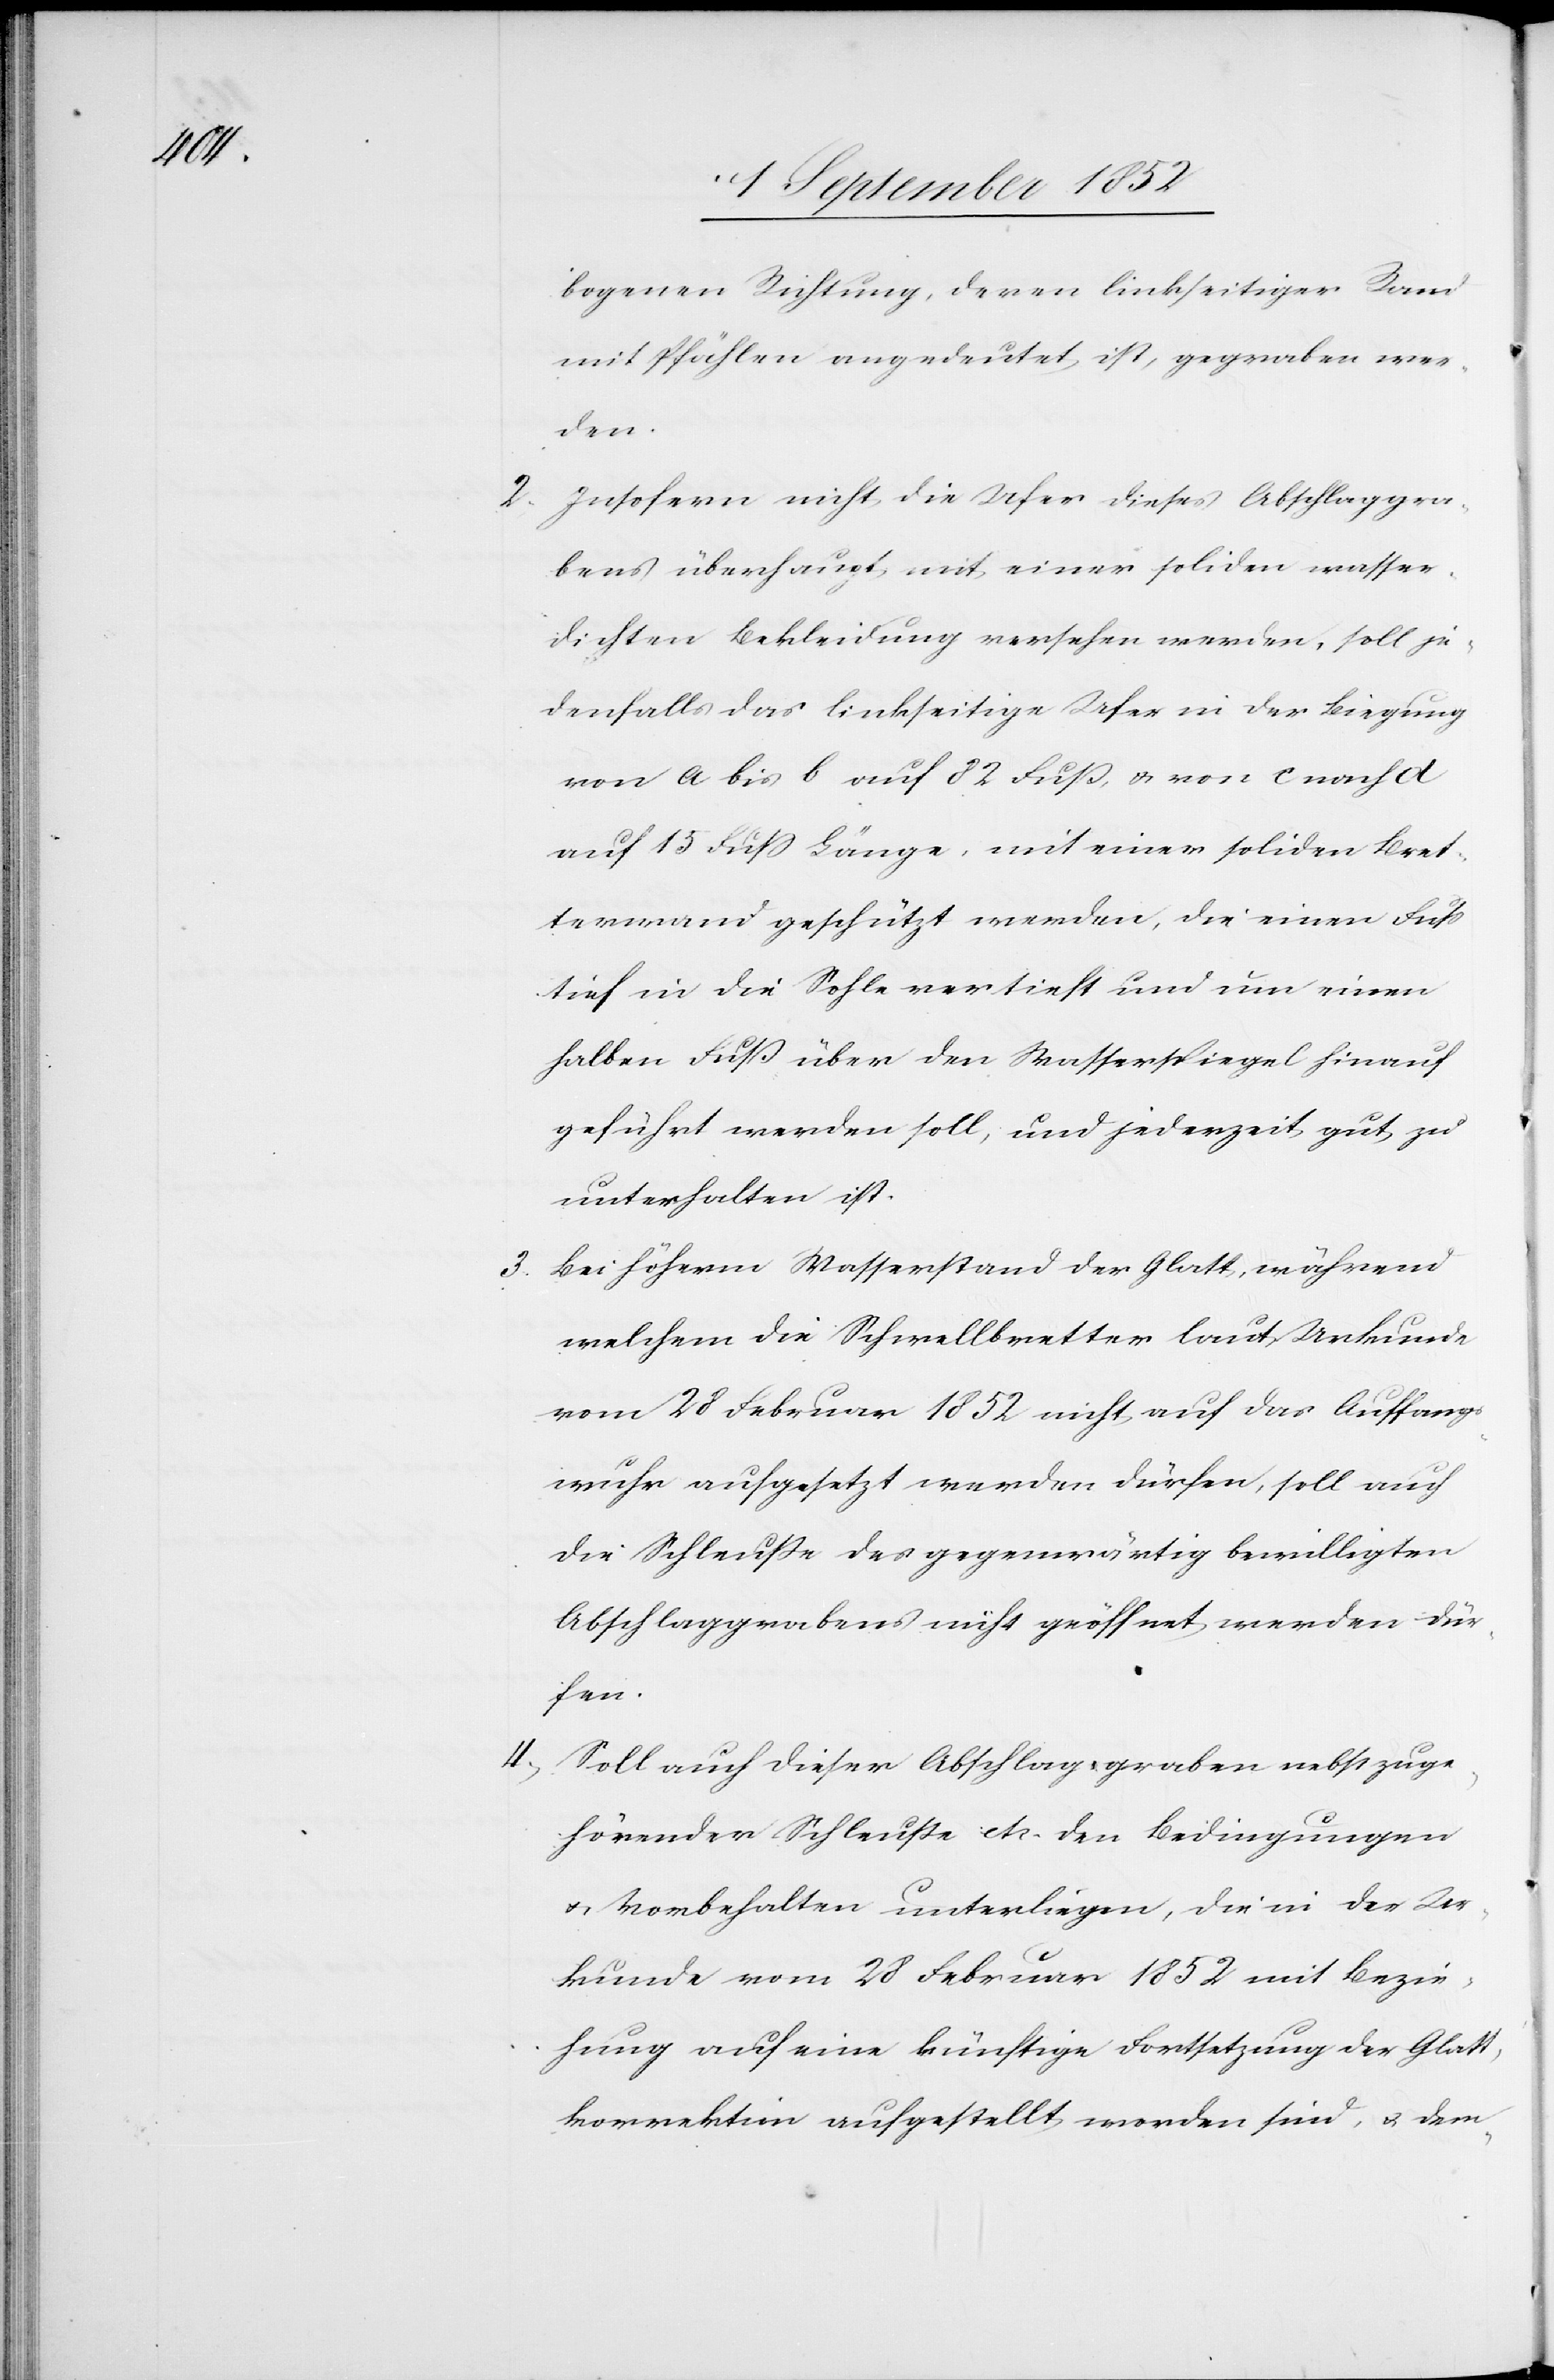
3.

bogenen Richtung, deren linkseitiger Rand
mit Pfählen angedeutet ist, gegraben wer¬
den.
Insofern nicht die Ufer dieses Abschlaggra¬
bens überhaupt mit einer soliden wasser¬
dichten Bekleidung versehen werden, soll je¬
denfalls das linkseitige Ufer in der Biegung
von a bis b auf 82 Fuß, & von c nach d
auf 15 Fuss Länge, mit einer soliden Bret¬
terwand geschützt werden, die einen Fuss
tief in die Sohle vertieft und um einen
halben Fuß über den Wasserspiegel hinauf
geführt werden soll, und jederzeit gut zu
unterhalten ist.
Bei höherm Wasserstand der Glatt, während
welchem die Schwellbretter laut Urkunde
vom 28 Februar 1852 nicht auf das Auffangs¬
wuhr aufgesetzt werden dürfen, soll auch
die Schleuße des gegenwärtig bewilligten
Abschlaggrabens nicht geöffnet werden dür¬
fen.
Soll auch dieser Abschlaggraben nebst zuge¬
hörender Schleuße etc. den Bedingungen
& Vorbehalten unterliegen, die in der Ur¬
kunde vom 28 Februar 1852 mit Bezie¬
hung auf eine künftige Fortsetzung der Glat¬
tkorrektion aufgestellt worden sind, & dem-